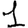
Digit: 1